Report of the Municipal Commissioner on the plague in Bombay for the year ending 31st May... - Volume 1
Disease focus: Plague
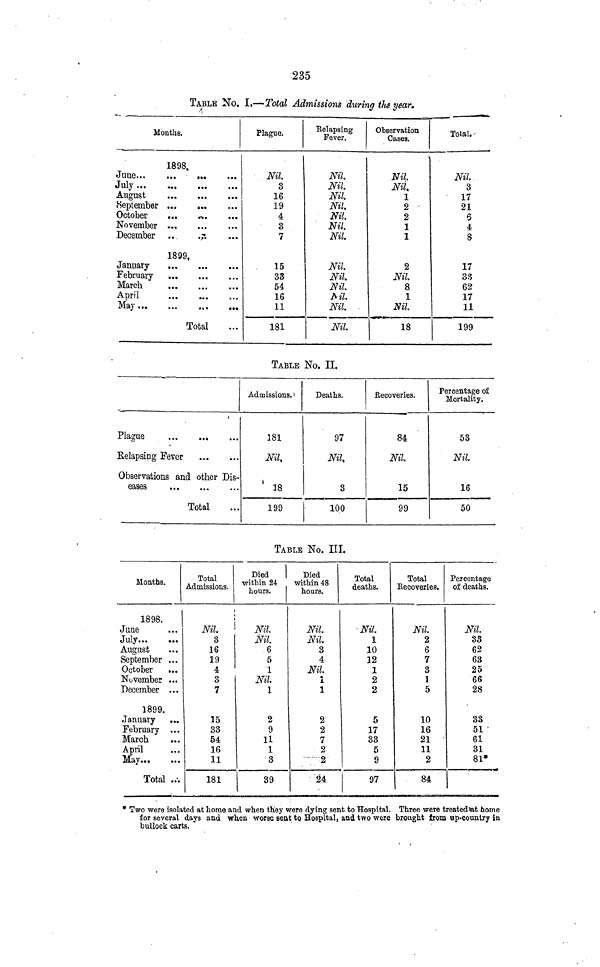
235
TABLE No. I.—Total Admissions during the year.
Months.
July
August
September
October
November
December
January
February
March
April
May
1898.
1899,
Total
Plague.
Nil.
3
16
19
4
3
7
15
33
54
16
11
181
Relapsing
Fever.
Nil.
Nil.
Nil.
Nil,
Nil.
Nil.
Nil.
Nil.
Ni.,
Nil.
Ml.
Nil.
Nil.
Observation
Cásea.
Nil.
Nil
2
2
1
1
2
Nil.
8
1
Nil.
18
Total.
Nil.
3
17
21
6
4
8
17
83
62
17
11
199
TABLE No. II.
Plague
Relapsing
Fever
Observations and other Dis-
eases
Total
Admissions.
181
Nil,
18
199
Deaths.
97
Nil,
3
100
Recoveries.
84
Nil.
15
99
Percentage of
Mortality.
53
Nil.
16
50
TABLE No. III.
Months.
1898.
]
June
July
August
September
October
November
December
1899,
January
February
March
April
May
Total
Total
Admissions.
Died
I
within 24
hours.
Nil.
3
16
19
4
3
7
15
33
54
16
11
181
Nil.
Nil.
6
5
1
Nil.
1
2
9
11
1
3
39
Died
within 48
hours.
Nil.
Nil.
3
4
Nil.
1
1
2
2
7
2
2
24
Total
deaths.
Nil.
1
10
12
1
2
2
5
17
33
5
9
97
Total
Recoveries.
Nil
2
6
7
3
1
5
10
16
21
11
2
84
Percentage
of deaths.
Nil.
33
62
63
25
66
28
33
51
61
31
81*
* Two were isolated at home and when they were dying sent to Hospital. Three were treated at home
for several days and when worse sent to Hospital, and two were brought from up-country in
bullock carts.